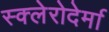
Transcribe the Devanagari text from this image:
स्क्लेरोदेर्मा